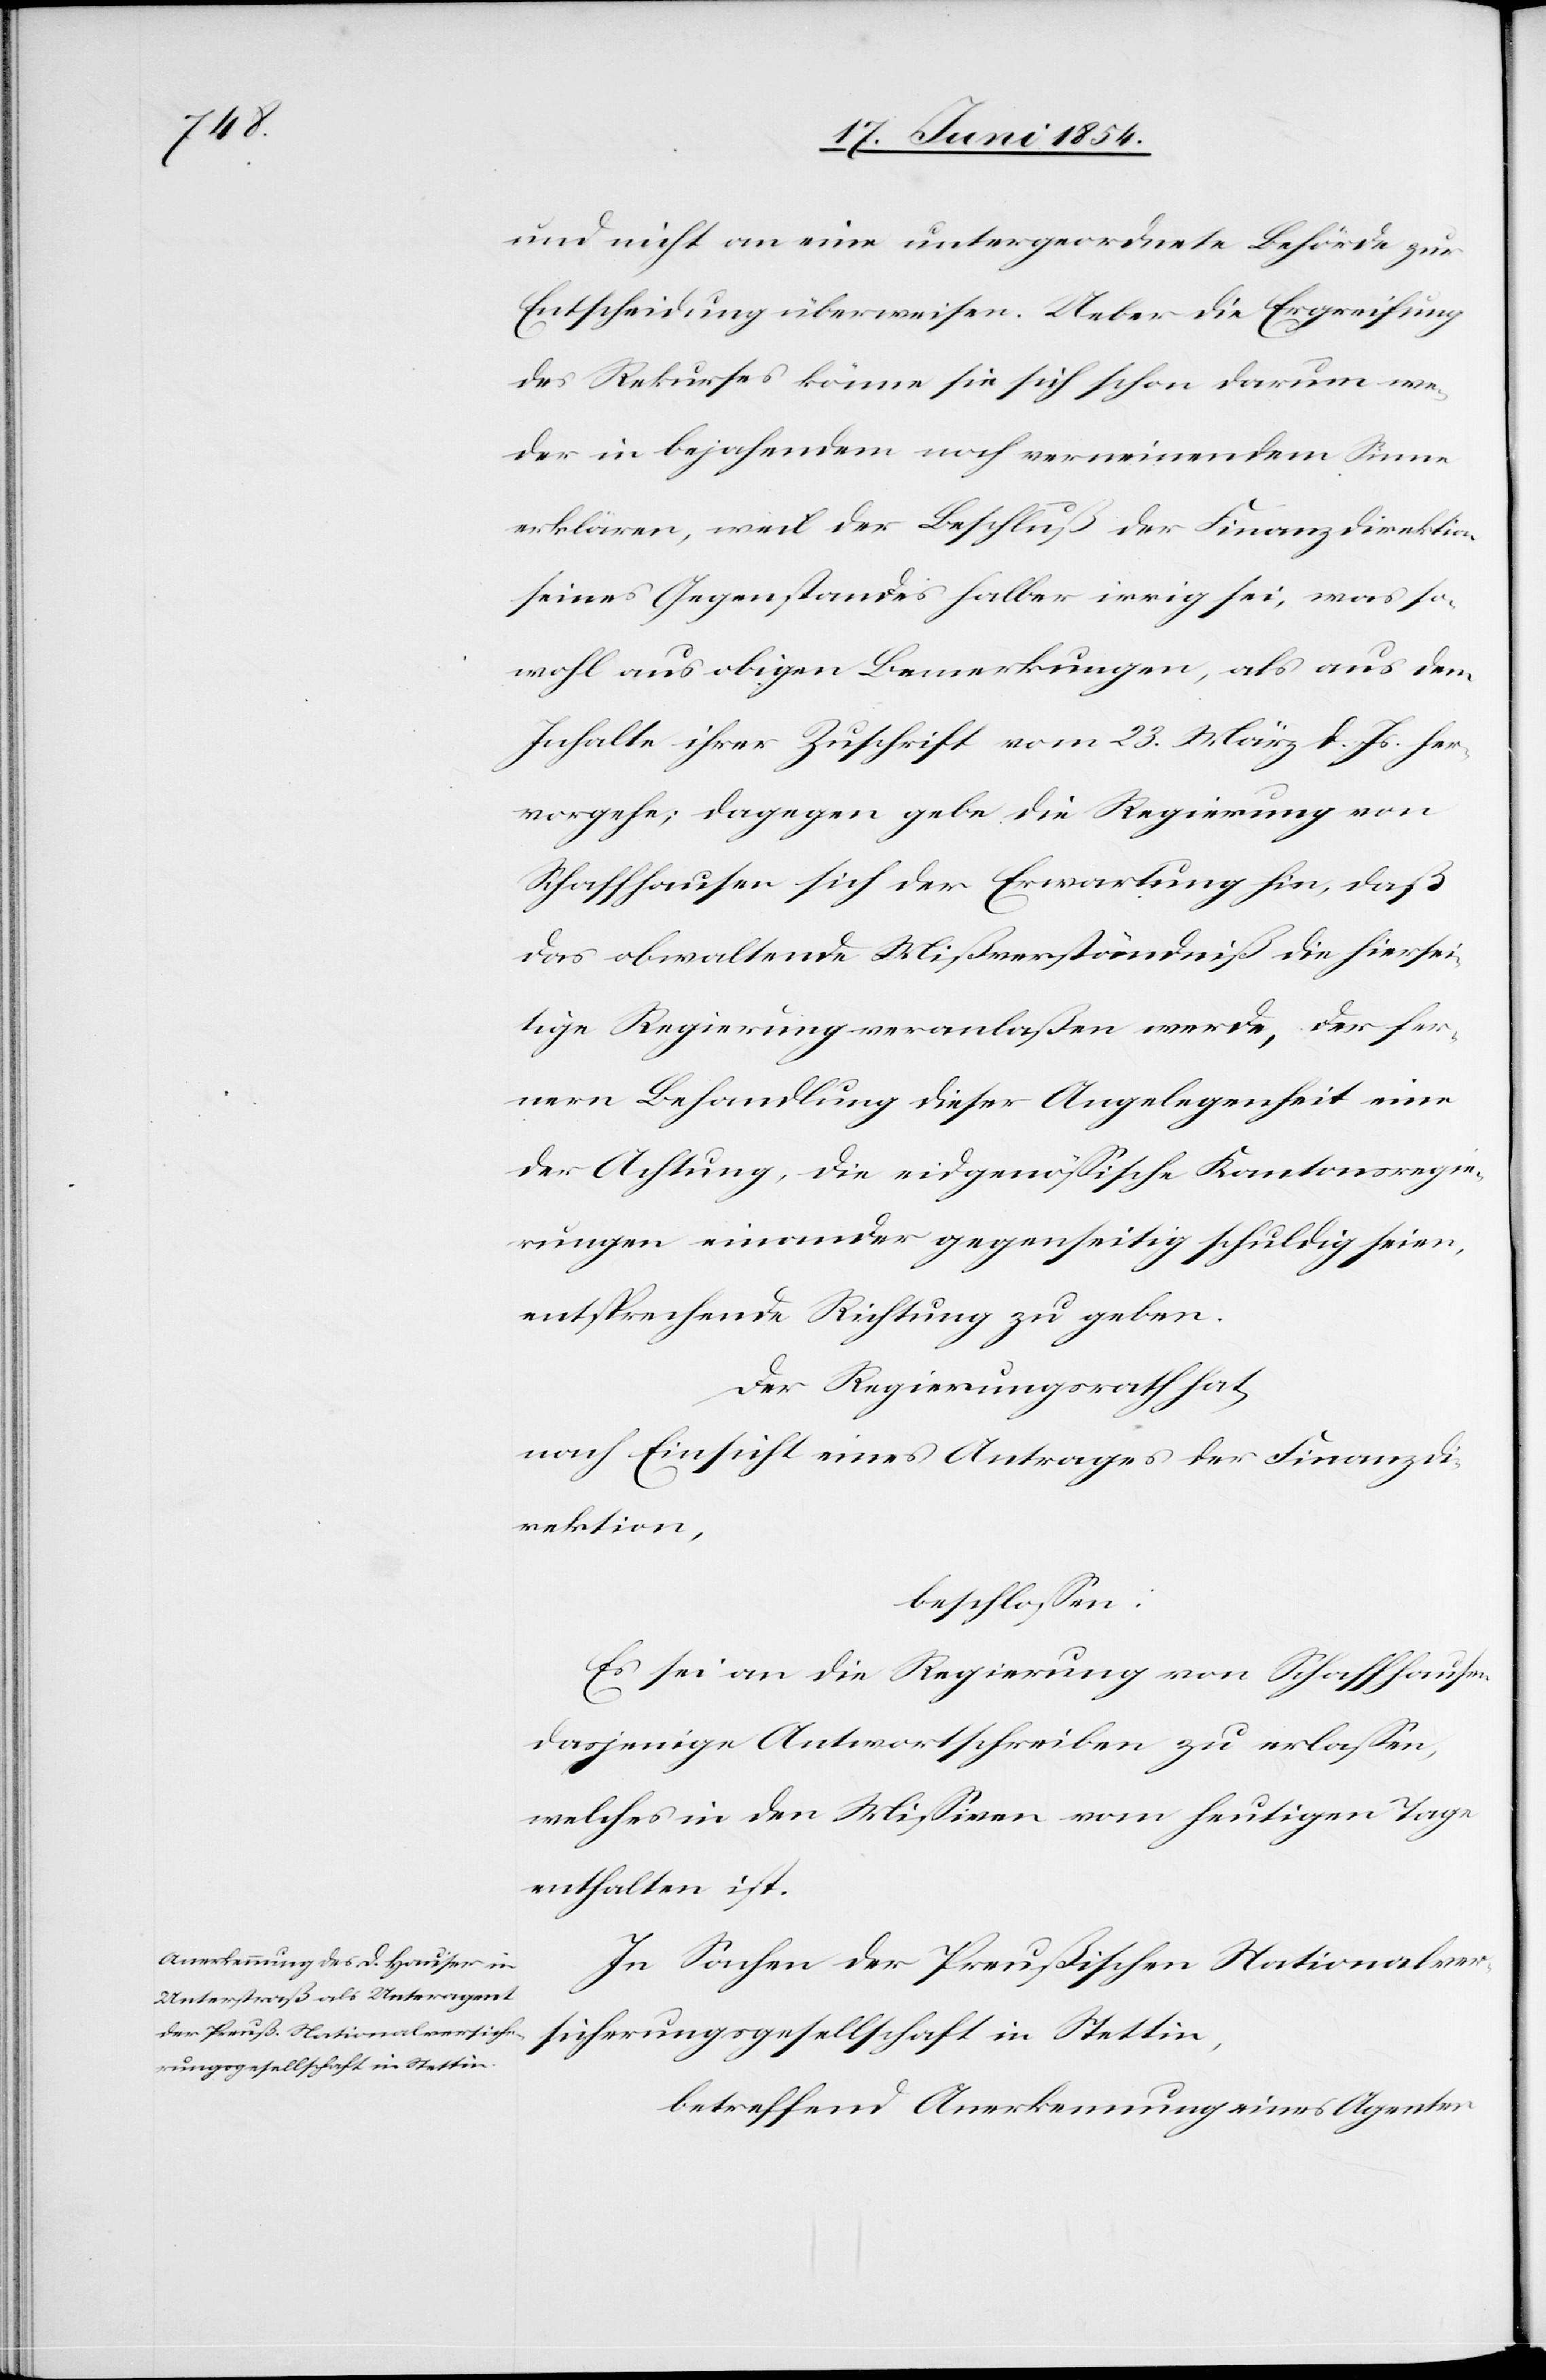
und nicht an eine untergeordnete Behörde zur
Entscheidung überweisen. Ueber diese Ergreifung
des Rekurses könne sie sich schon darum we¬
der in bejahendem noch verneinendem Sinne
erklären, weil der Beschluß der Finanzdirektion
seines Gegenstandes halber irrig sei, was so¬
wohl aus obigen Bemerkungen, als aus dem
Inhalte ihrer Zuschrift vom 23. März d. Js. her¬
vorgehe; dagegen gebe die Regierung von
Schaffhausen sich der Erwartung hin, daß
das obwaltende Mißverständniß die hiersei¬
tige Regierung veranlaßen werde, der fer¬
nern Behandlung dieser Angelegenheit eine
der Achtung, die eidgenößische Kantonsregie¬
rungen einander gegenseitig schuldig seien,
entsprechende Richtung zu geben.
Der Regierungsrath hat,
nach Einsicht eines Antrages der Finanzdi¬
rektion,
beschloßen:
Es sei an die Regierung von Schaffhausen
dasjenige Antwortschreiben zu erlaßen,
welches in den Mißiven vom heutigen Tage
enthalten ist.
In Sachen der Preußischen Nationalver¬
sicherungsgesellschaft in Stettin,
betreffend Anerkennung eines Agenten